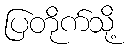
ပြတိုက်သို့